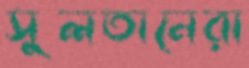
সুলতানেরা